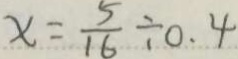
x = \frac { 5 } { 1 6 } \div 0 . 4